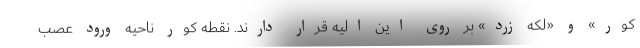
کور» و «لکه زرد» بر روی این الیه قرار دارند. نقطه کور ناحیه ورود عصب